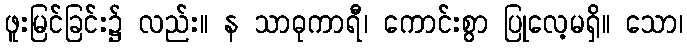
ဖူးမြင်ခြင်း၌ လည်း။ န သာဓုကာရီ၊ ကောင်းစွာ ပြုလေ့မရှိ။ သော၊